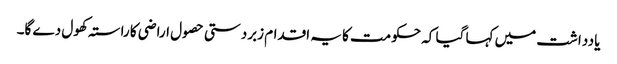
یادداشت میں کہا گیا کہ حکومت کا یہ اقدام زبردستی حصول اراضی کا راستہ کھول دے گا۔